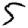
Digit: 5